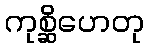
ကုစ္ဆိဟေတု